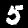
Label: 5